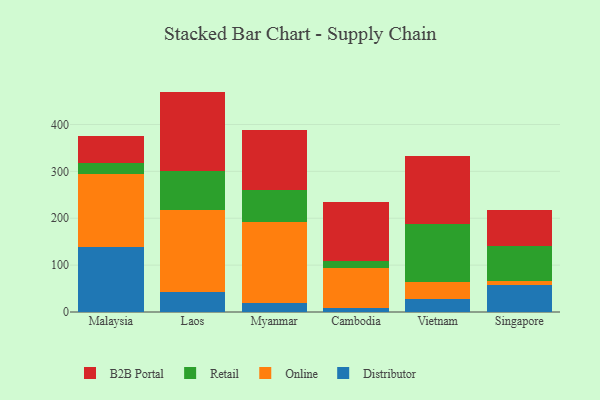
{"axis": {"x": "Country", "y": "Page Views"}, "legend": ["B2B Portal", "Distributor", "Online", "Retail"], "data": [{"x": "Malaysia", "y": 139.1, "type": "Distributor"}, {"x": "Malaysia", "y": 154.5, "type": "Online"}, {"x": "Malaysia", "y": 23.6, "type": "Retail"}, {"x": "Malaysia", "y": 57.4, "type": "B2B Portal"}, {"x": "Laos", "y": 42.3, "type": "Distributor"}, {"x": "Laos", "y": 174.9, "type": "Online"}, {"x": "Laos", "y": 82.9, "type": "Retail"}, {"x": "Laos", "y": 170.0, "type": "B2B Portal"}, {"x": "Myanmar", "y": 18.9, "type": "Distributor"}, {"x": "Myanmar", "y": 173.5, "type": "Online"}, {"x": "Myanmar", "y": 67.9, "type": "Retail"}, {"x": "Myanmar", "y": 127.5, "type": "B2B Portal"}, {"x": "Cambodia", "y": 8.8, "type": "Distributor"}, {"x": "Cambodia", "y": 85.5, "type": "Online"}, {"x": "Cambodia", "y": 14.8, "type": "Retail"}, {"x": "Cambodia", "y": 126.0, "type": "B2B Portal"}, {"x": "Vietnam", "y": 27.7, "type": "Distributor"}, {"x": "Vietnam", "y": 35.6, "type": "Online"}, {"x": "Vietnam", "y": 123.6, "type": "Retail"}, {"x": "Vietnam", "y": 145.1, "type": "B2B Portal"}, {"x": "Singapore", "y": 58.0, "type": "Distributor"}, {"x": "Singapore", "y": 8.9, "type": "Online"}, {"x": "Singapore", "y": 74.6, "type": "Retail"}, {"x": "Singapore", "y": 76.3, "type": "B2B Portal"}]}